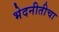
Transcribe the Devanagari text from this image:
भेदनीतीचा